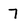
Character: 7